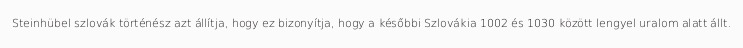
Steinhübel szlovák történész azt állítja, hogy ez bizonyítja, hogy a későbbi Szlovákia 1002 és 1030 között lengyel uralom alatt állt.